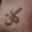
كان